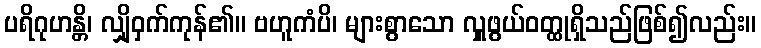
ပရိဂုဟန္တိ၊ လျှိုဝှက်ကုန်၏။ ဗဟူကံပိ၊ များစွာသော လှူဖွယ်ဝတ္ထုရှိသည်ဖြစ်၍လည်း။